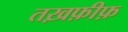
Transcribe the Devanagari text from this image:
तख़फ़ीफ़